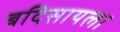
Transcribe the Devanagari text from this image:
बदिसायला